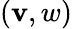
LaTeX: (\mathbf{v},w)